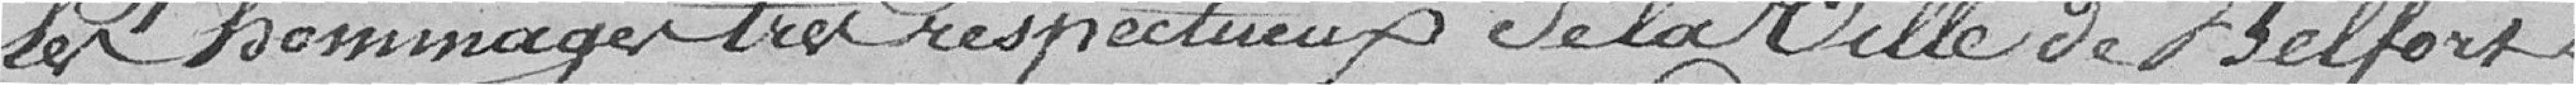
les hommages très respectueux de la ville de Belfort.